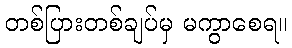
တစ်ပြားတစ်ချပ်မှ မကွာစေရ။